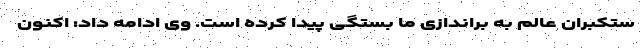
ستکبران عالم به براندازی ما بستگی پیدا کرده است. وی ادامه داد: اکنون